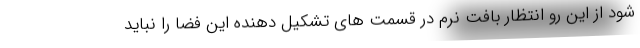
شود از این رو انتظار بافت نرم در قسمت های تشکیل دهنده این فضا را نباید